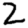
Digit: 2